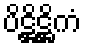
ပိဋ္ဌိဋ္ဌိကံ